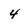
Character: 4